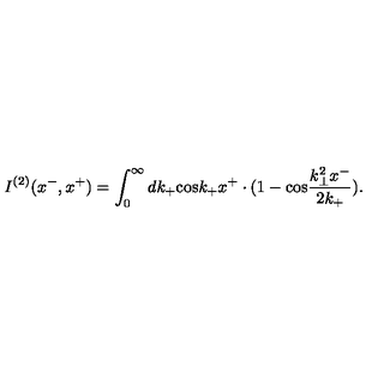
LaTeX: I ^ { ( 2 ) } ( x ^ { - } , x ^ { + } ) = \int _ { 0 } ^ { \infty } d k _ { + } \mathrm { c o s } k _ { + } x ^ { + } \cdot ( 1 - \mathrm { c o s } \frac { k _ { \bot } ^ { 2 } x ^ { - } } { 2 k _ { + } } ) .